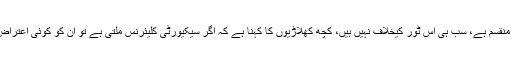
ملز کا کہنا تھا کہ پاکستان کے دورے کے حوالے سے کھلاڑیوں کی آرا منقسم ہے، سب ہی اس ٹور کیخلاف نہیں ہیں، کچھ کھلاڑیوں کا کہنا ہے کہ اگر سیکیورٹی کلیئرنس ملتی ہے تو ان کو کوئی اعتراض نہیں جبکہ دوسروں کا کہنا ہے کہ کیا ہم دبئی میں ہی نہیں رک سکتے۔